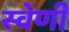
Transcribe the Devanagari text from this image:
स्वेणी